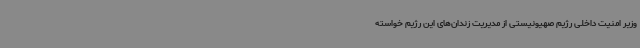
وزیر امنیت داخلی رژیم صهیونیستی از مدیریت زندان‌های این رژیم خواسته